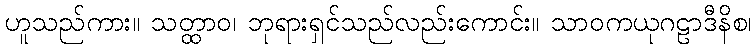
ဟူသည်ကား။ သတ္ထာဝ၊ ဘုရားရှင်သည်လည်းကောင်း။ သာဝကယုဂဠာဒီနိစ၊